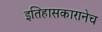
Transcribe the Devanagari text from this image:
इतिहासकारानेच